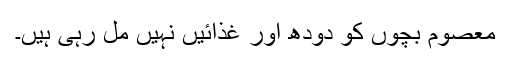
معصوم بچوں کو دودھ اور غذائیں نہیں مل رہی ہیں۔